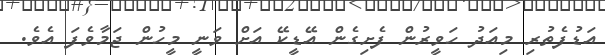
އަޑުފެތުރި މިއަދު ހަވީރުން ފެށިގެން އޭޑީކޭ އަށް ވަނީ މީހުން ޖަމާވެފަ އެވެ.